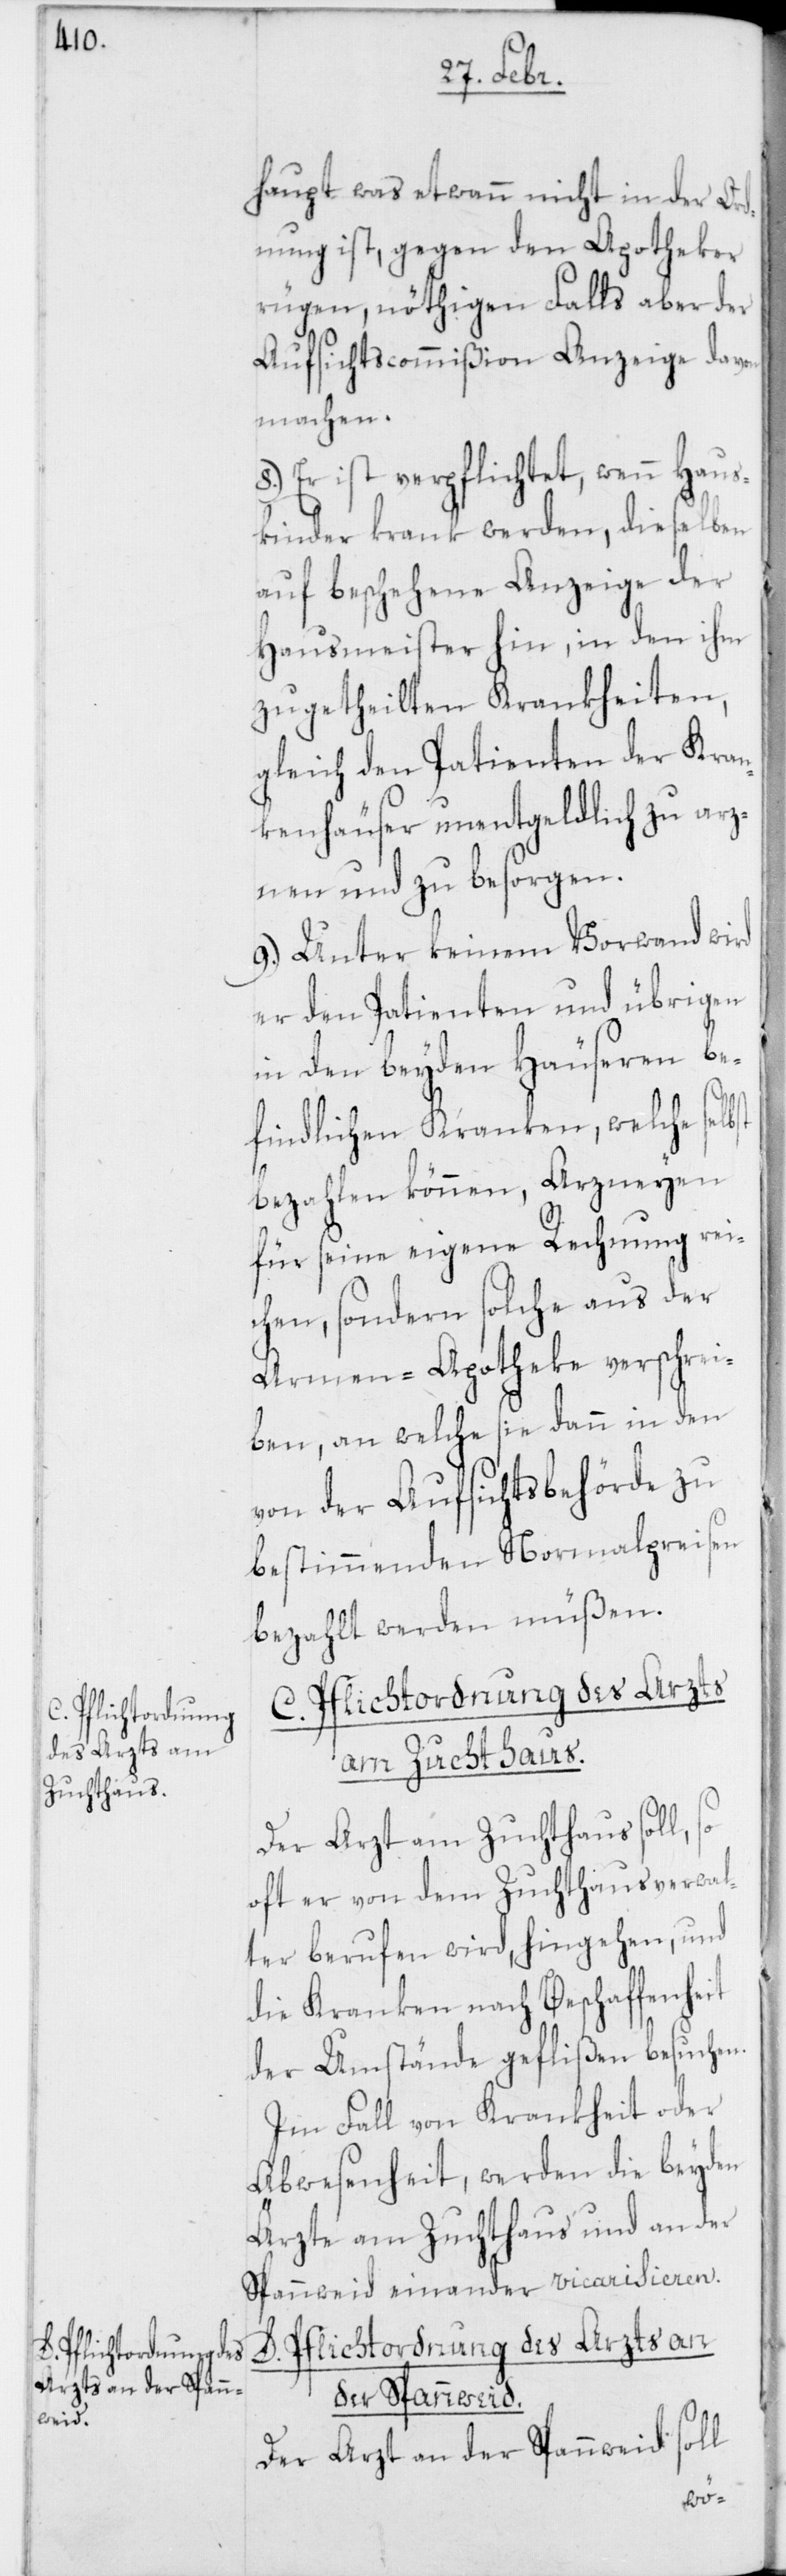
D. Pflichtordnung
des Arzts an
Zuchthaus.

haupt was etwann nicht in der Or¬
dnung ist, gegen den Apotheker
rügen, nöthigen Falls aber der
Aufsichtscommißion Anzeige davon
machen.
8.) Er ist verpflichtet, wenn Haus¬
kinder krank werden, dieselben
auf beschehene Anzeige der
Hausmeister hin, in den ihm
zugetheilten Krankheiten,
gleich den Patienten der Kran¬
kenhäuser unentgeldlich zu arz¬
nen und zu besorgen.
9.) Unter keinem Vorwand wird
er den Patienten und übrigen
in den beyden Häuseren be¬
findlichen Kranken, welche sel¬
bezahlen können, Arzneyen
für seine eigene Rechnung rei¬
chen, sondern solche aus der
Armen-Apotheke verschrei¬
ben, an welche sie dann in den
von der Aufsichtsbehörde zu
bestimmenden Normalpreisen
bezahlt werden müßen.
Der Arzt am Zuchthaus soll, so
oft er von dem Zuchthausverwal¬
ter berufen wird, hingehen, und
die Kranken nach Beschaffenheit
der Umstände geflißen besuchen.
Im Fall von Krankheit oder
Abwesenheit, werden die beyden
Ärzte am Zuchthaus und an der
Spannweid einander vicarisieren.
der Spannweid.
Der Arzt an der Spannweid soll
bst